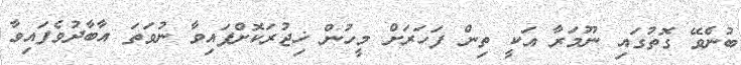
ބުނެވޭ ގޮތުގައި ނޫމަރާ އަކީ ތިން ފަހަރަށް މީހުން ޚިޖުރަކޮށްފައިވާ ނުވަތަ އާބާދުވެފައިވާ